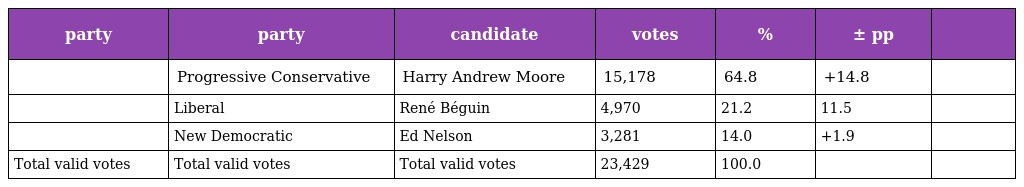
| party | party | candidate | votes | % | ± pp |  |
 | --- | --- | --- | --- | --- | --- | --- |
 |  | Progressive Conservative | Harry Andrew Moore | 15,178 | 64.8 | +14.8 |  |
 |  | Liberal | René Béguin | 4,970 | 21.2 | 11.5 |  |
 |  | New Democratic | Ed Nelson | 3,281 | 14.0 | +1.9 |  |
 | Total valid votes | Total valid votes | Total valid votes | 23,429 | 100.0 |  |  |